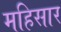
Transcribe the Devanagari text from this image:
महिसार